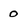
Character: 0